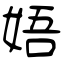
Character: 娪